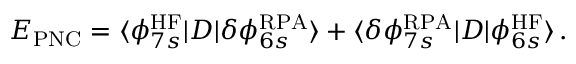
E _ { \mathrm { P N C } } = \langle \phi _ { 7 s } ^ { \mathrm { H F } } | D | \delta \phi _ { 6 s } ^ { \mathrm { R P A } } \rangle + \langle \delta \phi _ { 7 s } ^ { \mathrm { R P A } } | D | \phi _ { 6 s } ^ { \mathrm { H F } } \rangle \, .